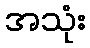
အသုံး